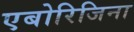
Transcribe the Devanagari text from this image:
एबोरिजिना